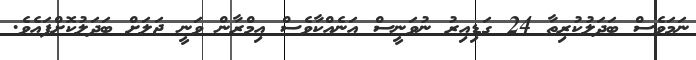
ނަމަވެސް ބަދަލުކުރިތާ 24 ގަޑިއިރު ނުވަނީސް އަނެއްކާވެސް އިމްރާން ވަނީ ޖަލަށް ބަދަލުކޮށްފައެވެ.